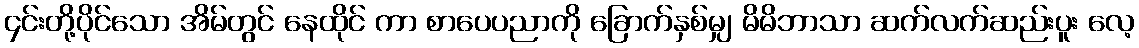
၄င်းတို့ပိုင်သော အိမ်တွင် နေထိုင် ကာ စာပေပညာကို ခြောက်နှစ်မျှ မိမိဘာသာ ဆက်လက်ဆည်းပူး လေ့